Report of the Municipal Commissioner on the plague in Bombay for the year ending 31st May... - Volume 2
Disease focus: Plague
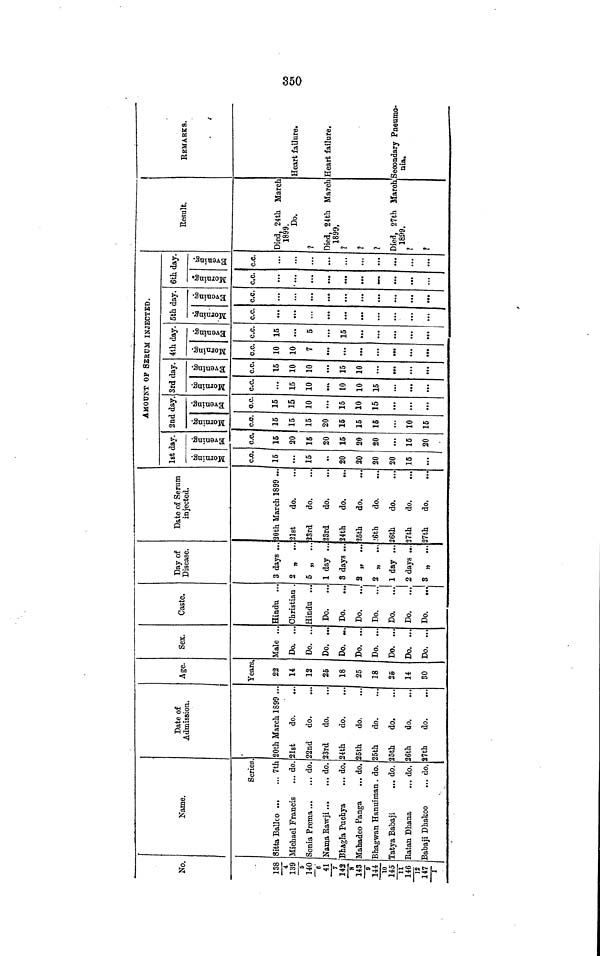
No.
138
4
139
5
140
6
141
7
142
8
143
9
144
10
145
11
146
12
147
1
Name.
Series
Sitta Ballco
7th
Michael Francis
... do
Sonia Prema
do.
Nama
Rawji
do.
Bhagla Puchya
... do.
Mahadeo Panga
... do.
Bhagwan Hanuiman. do.
Tatya Babaji
... do.
Ratan Dhana
... do.
Babaji Dhakoo
... do.
Date of
Admission.
20th March 1899 ..
21st
do.
22nd do.
23rd
do.
24th
do.
25th
do.
5th
do.
5th
do.
6th
do.
7th
do.
Age.
Years
22
14
12
25
18
25
18
25
14
30
Sex.
Male ..
Do. ..
Do. ..
Do. ...
Do. ...
Do. ...
Do. ...
Do. ...
Do. ...
Do. ...
Caste.
Hindu ...
Christian .
Hindu ...
Do.
Do.
Do.
Do.
...
Do.
Do.
...
Do.
...
Day of
Disease.
3 days ..
2
5
1 day ...
3 days ...
2 „ ...
2 „ ...
1 day ...
2 days ...
3 „ ...
Date of Serum
injected.
20th March 1899 ..
21st
do.
23rd
do.
23rd
do.
24th
do.
'5th
do.
6th
do.
6th
do.
7th
do.
7th
do.
1st day.
Morning
c.c.
15
...
15
..
20
20
20
20
15
Evening
c.c.
15
20
15
20
15
20
20
15
20
AMOUNT OF SERUM INJECTED.
2nd day.
Morning
c.c.
15
15
15
20
15
15
15
10
15
Evening
c.c
15
15
10
15
10
15
3rd day.
Morning
c.c.
...
15
10
10
10
15
Evening
c.c.
15
10
10
15
10
4th day.
Morning
c.c.
10
10
7
...
Evening
c.c.
15
5
15
5th day.
Morning
c.c.
Evening
c.c.
6th day.
Morning
c.c.
Evening
c.c.
Result.
Died, 24th March
1899.
Do.
?
Died, 24th March
1899.
?
?
?
Died, 27th March
1899.
REMARKS.
Heart failure.
Heart failure.
Secondary Pneumo-
nia.
350